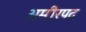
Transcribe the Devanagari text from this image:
अमीरपद